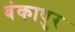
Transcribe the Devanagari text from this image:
बंकापुर